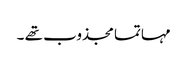
مہاتما مجذوب تھے ۔